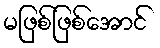
မဖြစ်ဖြစ်အောင်